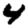
Digit: 4